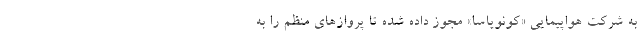
به شرکت هواپیمایی «کونویاسا» مجوز داده شده تا پرواز‌های منظم را به